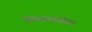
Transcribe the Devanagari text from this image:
भारतापाठोपाठ